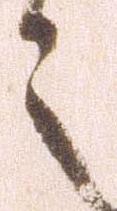
之